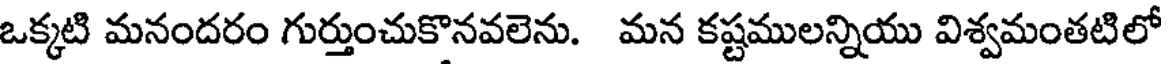
ఒక్కటి మనందరం గుర్తుంచుకొనవలెను. మన కష్టములన్నియు విశ్వమంతటిలో